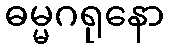
ဓမ္မဂရုနော